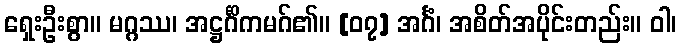
ရှေးဦးစွာ။ မဂ္ဂဿ၊ အဋ္ဌင်္ဂိကမဂ်၏။ [၀၇] အင်္ဂံ၊ အစိတ်အပိုင်းတည်း။ ဝါ၊